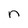
Character: n